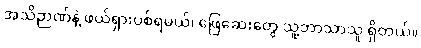
အသိဉာဏ်နဲ့ ဖယ်ရှားပစ်ရမယ်၊ ဖြေဆေးတွေ သူ့ဘာသာသူ ရှိတယ်။